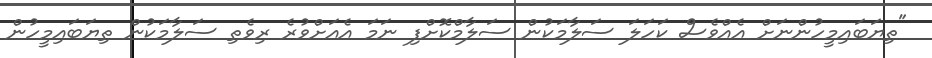
"ތިޔަބައިމީހުންނަށް އެއްވެސް ކަހަލަ ސަލާމަކުން ސަލާމްކޮށްފި ނަމަ އެއަށްވުރެ ރިވެތި ސަލާމަކުން ތިޔަބައިމީހުން